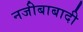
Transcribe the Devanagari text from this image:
नजीबाबादी